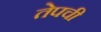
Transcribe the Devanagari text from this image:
तेपची